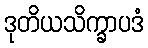
ဒုတိယသိက္ခာပဒံ